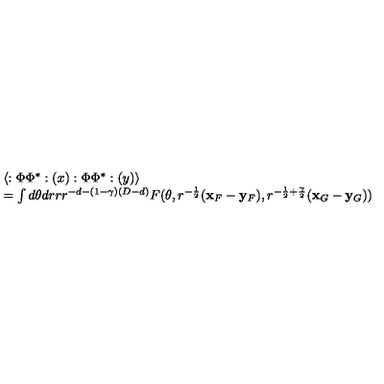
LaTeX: \begin{array} { l } { \langle : \Phi \Phi ^ { * } : ( x ) : \Phi \Phi ^ { * } : ( y ) \rangle } \\ { = \int d \theta d r r r ^ { - d - ( 1 - \gamma ) ( D - d ) } F ( \theta , r ^ { - \frac { 1 } { 2 } } ( { \bf x } _ { F } - { \bf y } _ { F } ) , r ^ { - \frac { 1 } { 2 } + \frac { \gamma } { 2 } } ( { \bf x } _ { G } - { \bf y } _ { G } ) ) } \\ \end{array}